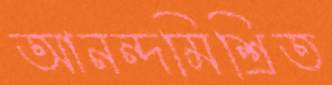
আনন্দমিশ্রিত